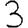
Digit: 3